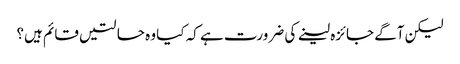
لیکن آگے جائزہ لینے کی ضرورت ہے کہ کیا وہ حالتیں قائم ہیں؟